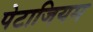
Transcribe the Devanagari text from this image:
पेटाजियम